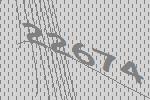
22674